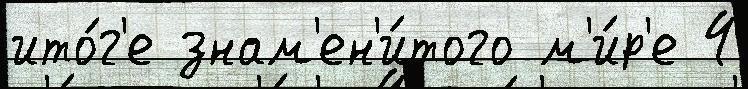
ито́г'е знам'ен'и́того м'и́р'е 4